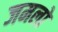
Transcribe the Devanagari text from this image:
जमलो